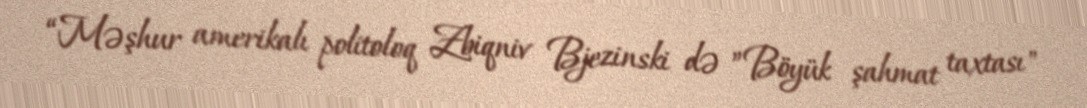
“Məşhur amerikalı politoloq Zbiqniv Bjezinski də ”Böyük şahmat taxtası"